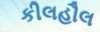
કીલહૌલ